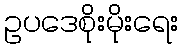
ဥပဒေစိုးမိုးရေး